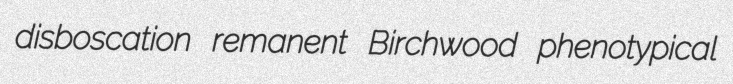
disboscation remanent Birchwood phenotypical